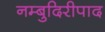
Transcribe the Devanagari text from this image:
नम्बुदिरीपाद